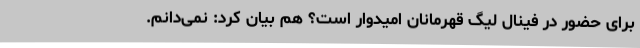
برای حضور در فینال لیگ قهرمانان امیدوار است؟ هم بیان کرد:‌ نمی‌دانم.